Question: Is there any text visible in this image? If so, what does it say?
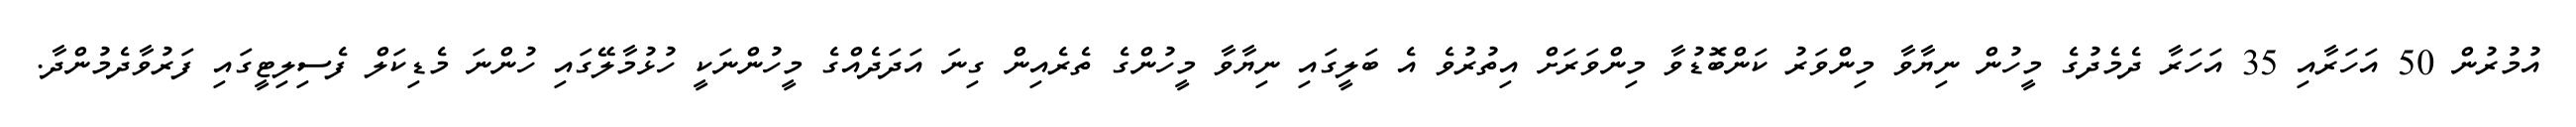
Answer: އުމުރުން 50 އަހަރާއި 35 އަހަރާ ދެމެދުގެ މީހުން ނިޔާވާ މިންވަރު ކަންބޮޑުވާ މިންވަރަށް އިތުރުވެ އެ ބަލީގައި ނިޔާވާ މީހުންގެ ތެރެއިން ގިނަ އަދަދެއްގެ މީހުންނަކީ ހުޅުމާލޭގައި ހުންނަ މެޑިކަލް ފެސިލިޓީގައި ފަރުވާދެމުންދާ.